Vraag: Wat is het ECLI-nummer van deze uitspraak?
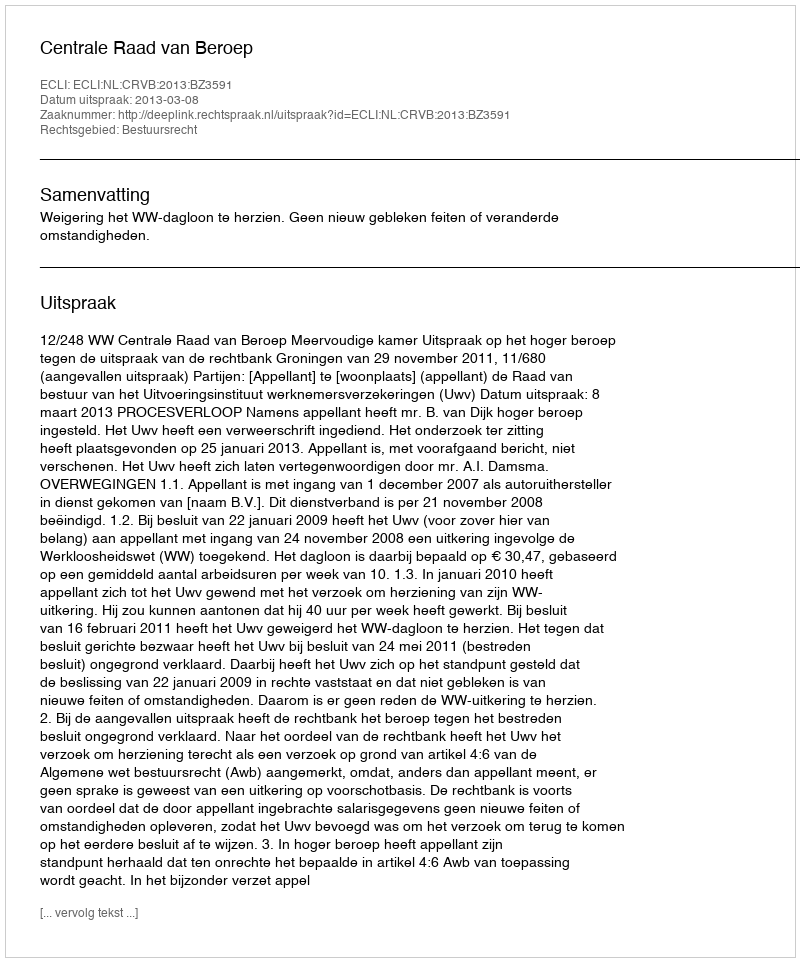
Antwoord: ECLI:NL:CRVB:2013:BZ3591